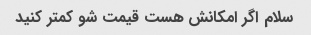
سلام اگر امکانش هست قیمت شو کمتر کنید